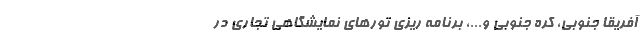
آفریقا جنوبی، کره جنوبی و...، برنامه ریزی تورهای نمایشگاهی تجاری در